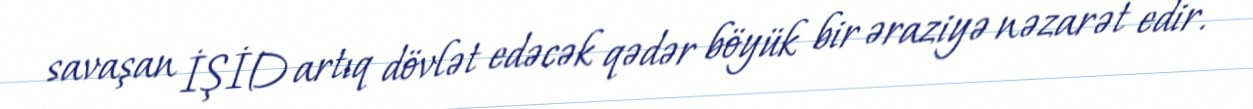
savaşan İŞİD artıq dövlət edəcək qədər böyük bir əraziyə nəzarət edir.